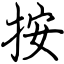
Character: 按